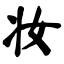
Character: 妆